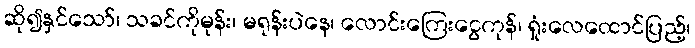
ဆို၍နှင်သော်၊ သခင်ကိုမုန်း၊ မရုန်းပဲနေ၊ လောင်းကြေးငွေကုန်၊ ရှုံးလေထောင်ပြည့်၊